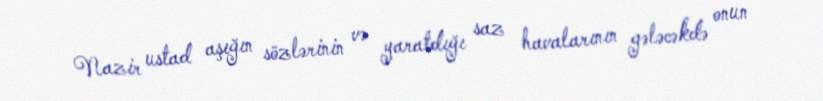
Nazir ustad aşığın sözlərinin və yaratdığı saz havalarının gələcəkdə onun